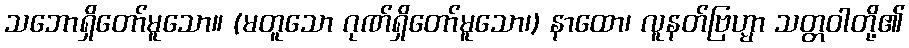
သဘောရှိတော်မူသော။ (မတူသော ဂုဏ်ရှိတော်မူသော၊) နာထော၊ လူနတ်ဗြဟ္မာ သတ္တဝါတို့၏